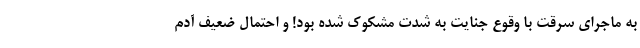
به ماجرای سرقت با وقوع جنایت به شدت مشکوک شده بود! و احتمال ضعیف آدم